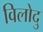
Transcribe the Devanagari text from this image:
विलोदु